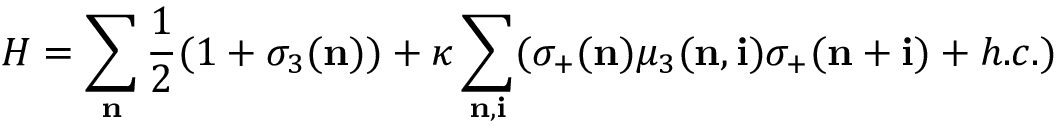
H = \sum _ { \bf n } \frac { 1 } { 2 } ( 1 + \sigma _ { 3 } ( { \bf n } ) ) + \kappa \sum _ { { \bf n } , { \bf i } } ( \sigma _ { + } ( { \bf n } ) \mu _ { 3 } ( { \bf n } , { \bf i } ) \sigma _ { + } ( { \bf n + i } ) + h . c . )